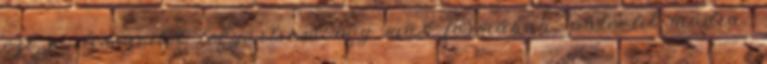
ezt a desszertet legyártsam egy más formában, paleolit módra.